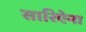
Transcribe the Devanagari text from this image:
सारिऐना